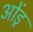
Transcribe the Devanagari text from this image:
ओंड्र